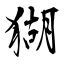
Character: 猢